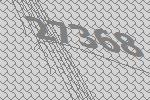
27368